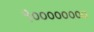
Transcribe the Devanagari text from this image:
१००००००००